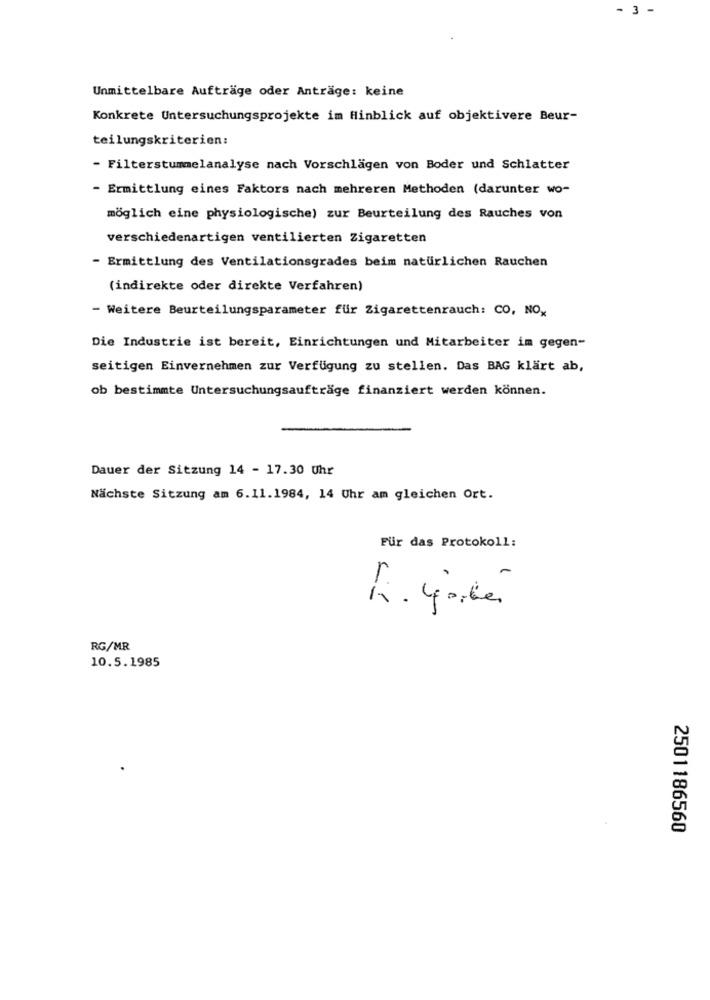
- 3 -
Unmittelbare Aufträge oder Anträge: keine
Konkrete Untersuchungsprojekte im Hinblick auf objektivere Beur-
teilungskriterien:
- Filterstummelanalyse nach Vorschlägen von Boder und Schlatter
- Ermittlung eines Faktors nach mehreren Methoden (darunter wo-
möglich eine physiologische) zur Beurteilung des Rauches von
verschiedenartigen ventilierten Zigaretten
- Ermittlung des Ventilationsgrades beim natürlichen Rauchen
(indirekte oder direkte Verfahren)
- Weitere Beurteilungsparameter für Zigarettenrauch: CO, NOx
Die Industrie ist bereit, Einrichtungen und Mitarbeiter im gegen-
seitigen Einvernehmen zur Verfügung zu stellen. Das BAG klärt ab,
ob bestimmte Untersuchungsaufträge finanziert werden können.
Dauer der Sitzung 14 - 17.30 Uhr
Nächste Sitzung am 6.11.1984, 14 Uhr am gleichen Ort.
Für das Protokoll:
RG/MR
10.5.1985
2501186560